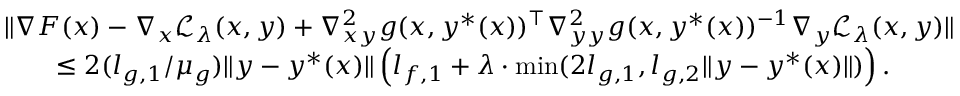
\begin{array} { r l } & { \| \nabla F ( x ) - \nabla _ { x } \mathcal { L } _ { \lambda } ( x , y ) + \nabla _ { x y } ^ { 2 } g ( x , y ^ { * } ( x ) ) ^ { \top } \nabla _ { y y } ^ { 2 } g ( x , y ^ { * } ( x ) ) ^ { - 1 } \nabla _ { y } \mathcal { L } _ { \lambda } ( x , y ) \| } \\ & { \qquad \le 2 ( l _ { g , 1 } / \mu _ { g } ) \| y - y ^ { * } ( x ) \| \left( l _ { f , 1 } + \lambda \cdot \operatorname* { m i n } ( 2 l _ { g , 1 } , l _ { g , 2 } \| y - y ^ { * } ( x ) \| ) \right) . } \end{array}